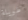
طويلة